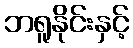
ဘရူနိုင်းနှင့်